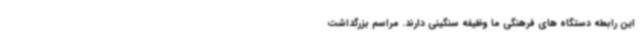
این رابطه دستگاه های فرهنگی ما وظیفه سنگینی دارند. مراسم بزرگداشت